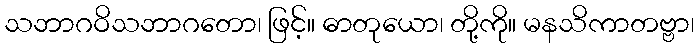
သဘာဂဝိသဘာဂတော၊ ဖြင့်။ ဓာတုယော၊ တို့ကို။ မနသိကာတဗ္ဗာ၊